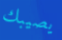
يصيبك